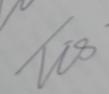
Signature authenticity: genuine